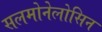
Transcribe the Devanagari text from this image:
सलमोनेलोसिन